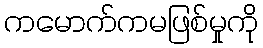
ကမောက်ကမဖြစ်မှုကို